Scientific memoirs by medical officers of the Army of India - Part VI,
Year: 1891
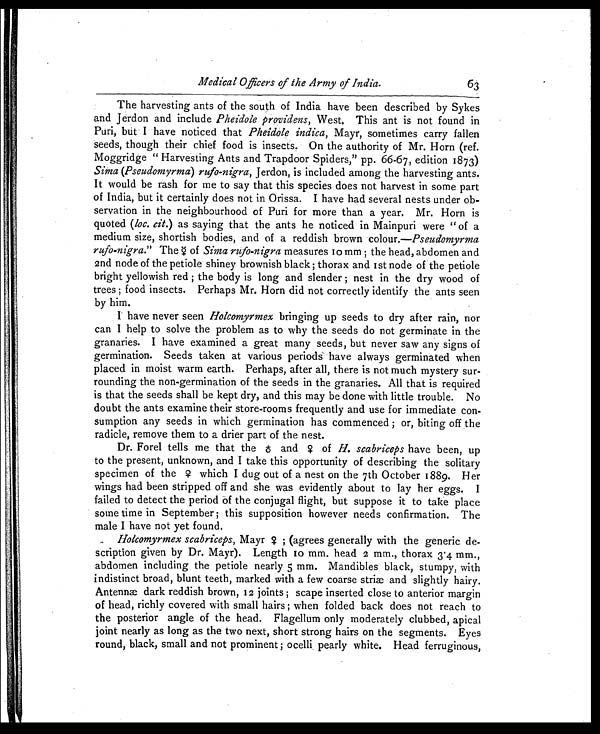
Medical Officers of the Army of India.
The harvesting ants of the south of India have been described by Sykes
and Jerdon and include Pheidole providens, West, This ant is not found in
Puri, but I have noticed that Pheidole indica, Mayr, sometimes carry fallen
seeds, though their chief food is insects. On the authority of Mr. Horn (ref.
Moggridge "Harvesting Ants and Trapdoor Spiders," pp. 66-67, edition 1873)
Sima(Pseudomyrma) rufo-nigra, Jerdon, is included among the harvesting ants.
It would be rash for me to say that this species does not harvest in some part
of India, but it certainly does not in Orissa. I have had several nests under ob-
servation in the neighbourhood of Puri for more than a year. Mr. Horn is
quoted (loc. cit.) as saying that the ants he noticed in Mainpuri were "of a
medium size, shortish bodies, and of a reddish brown colour.—Pseudomyrma
rufo-nigra." The ♀ o f
S i m a r u f o - n i g r a
m e a s u r e s 1 0 m m ; t h e h e a d , a b d o m e n a n d
2nd node of the petiole shiney brownish black; thorax and 1st node of the petiole
bright yellowish red; the body is long and slender; nest in the dry wood of
trees; food insects. Perhaps Mr. Horn did not correctly identify the ants seen
by him.
I have never seen Holcomyrmex bringing up seeds to dry after rain, nor
can I help to solve the problem as to why the seeds do not germinate in the
granaries. I have examined a great many seeds, but never saw any signs of
germination. Seeds taken at various periods have always germinated when
placed in moist warm earth. Perhaps, after all, there is not much mystery sur-
rounding the non-germination of the seeds in the granaries. All that is required
is that the seeds shall be kept dry, and this may be done with little trouble. No
doubt the ants examine their store-rooms frequently and use for immediate con-
sumption any seeds in which germination has commenced; or, biting off the
radicle, remove them to a drier part of the nest.
Dr. Forel tells me that the and ♀ of H. scabriceps have been, up
to the present, unknown, and I take this opportunity of describing the solitary
specimen of the which I dug out of a nest on the 7th October 1889. Her
wings had been stripped off and she was evidently about to lay her eggs. I
failed to detect the period of the conjugal flight, but suppose it to take place
some time in September; this supposition however needs confirmation. The
male I have not yet found.
Holcomyrmex scabriceps, Mayr ♀ ; (agrees generally with the generic deb-
..
scription given by Dr. Mayr). Length 10 mm. head 2 mm., thorax 3.4 mm.,
abdomen including the petiole nearly 5 mm. Mandibles black, stumpy, with
indistinct broad, blunt teeth, marked with a few coarse striæ and slightly hairy.
Antennæ dark reddish brown, 12 joints; scape inserted close to anterior margin
of head, richly covered with small hairs; when folded back does not reach to
the posterior angle of the head. Flagellum only moderately clubbed, apical
joint nearly as long as the two next, short strong hairs on the segments. Eyes
round, black, small and not prominent; ocelli, pearly white. Head ferruginous,
63